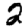
Digit: 2